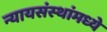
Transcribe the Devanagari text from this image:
न्यायसंस्थांमध्ये